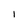
Character: 1